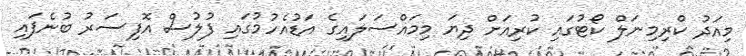
މިއަދު ކްރިމިނަލް ކޯޓުގައި ކުރިއަށް ދިޔަ މިމައްސަލައިގެ އަޑުއެހުމުގައި ފުލުސް އޮފިސަރު ބުނެފައި